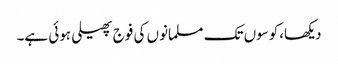
دیکھا،کوسوں تک مسلمانوں کی فوج پھیلی ہوئی ہے۔